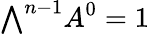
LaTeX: {\textstyle\bigwedge}^{n-1}A^{0}=1